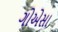
ગોએસા